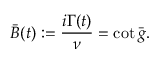
\bar { B } ( t ) : = \frac { i \Gamma ( t ) } { \nu } = \cot \bar { g } .